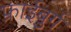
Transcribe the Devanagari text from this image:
फ्राईबुर्ग